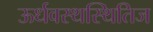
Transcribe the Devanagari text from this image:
ऊर्धवस्थस्थितिज